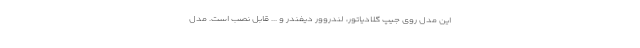
این مدل روی جیپ گلادیاتور، لندروور دیفندر و ... قابل نصب است. مدل